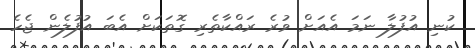
ކުނި އުފުލާާ ނަމަ އެއަށް ވުރެ ރައްކާތެރިި ގޮތަކަށް އެބަ އުފުލެން ޖެހެ